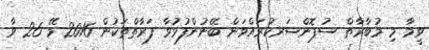
ވީމާ މި މުބާރާތް ސުޕޮންސަރކުރައްވަން ބޭނުންފުޅުވާ ފަރާތްތަކުން 2016 މޭ 26 ވާ